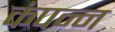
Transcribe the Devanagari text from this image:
कंपन्न